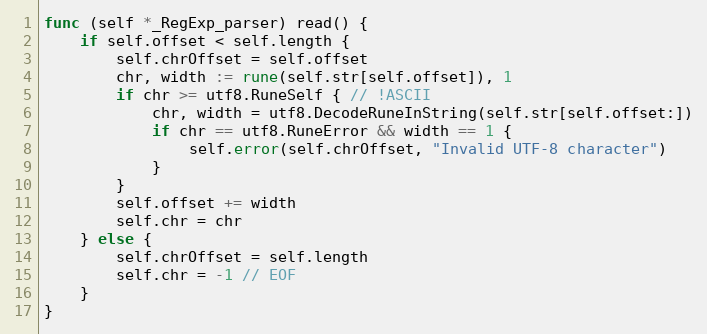
Language: Go
func (self *_RegExp_parser) read() {
	if self.offset < self.length {
		self.chrOffset = self.offset
		chr, width := rune(self.str[self.offset]), 1
		if chr >= utf8.RuneSelf { // !ASCII
			chr, width = utf8.DecodeRuneInString(self.str[self.offset:])
			if chr == utf8.RuneError && width == 1 {
				self.error(self.chrOffset, "Invalid UTF-8 character")
			}
		}
		self.offset += width
		self.chr = chr
	} else {
		self.chrOffset = self.length
		self.chr = -1 // EOF
	}
}